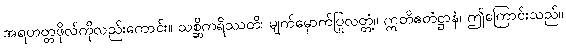
အရဟတ္တဖိုလ်ကိုလည်းကောင်း။ သစ္ဆိကရိဿတိ၊ မျက်မှောက်ပြုလတ္တံ့။ ဣတိဧတံဋ္ဌာနံ၊ ဤကြောင်းသည်။